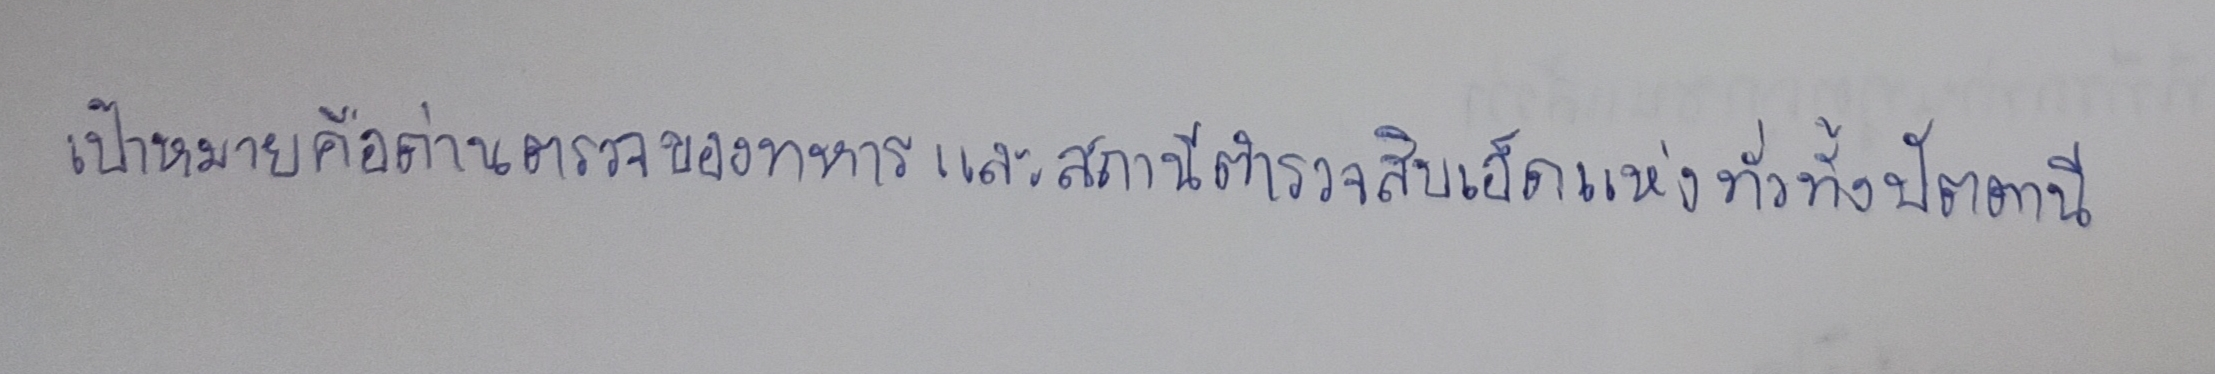
เป้าหมายคือด่านตรวจของทหารและสถานีตำรวจสิบเอ็ดแห่งทั่วทั้งปัตตานี